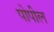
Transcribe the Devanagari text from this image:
पोपील